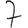
Digit: 7